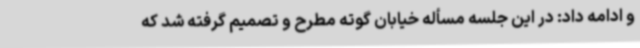
و ادامه داد: در این جلسه مسأله خیابان گوته مطرح و تصمیم گرفته شد که